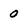
Character: 0